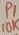
Text: P110K